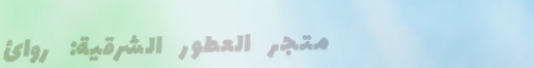
متجر العطور الشرقية: روائ